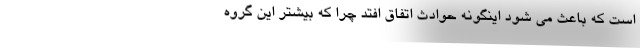
است که باعث می شود اینگونه حوادث اتفاق افتد چرا که بیشتر این گروه